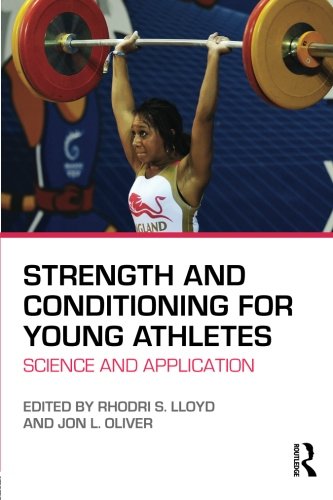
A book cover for Strength and Conditioning for Young Athletes: Science and application; Health, Fitness & Dieting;